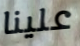
علينا